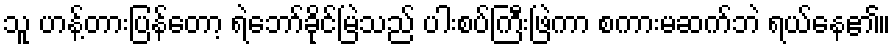
သူ ဟန့်တားပြန်တော့ ရဲဘော်ခိုင်မြဲသည် ပါးစပ်ကြီးဖြဲကာ စကားမဆက်ဘဲ ရယ်နေ၏။